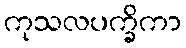
ကုသလပက္ခိကာ